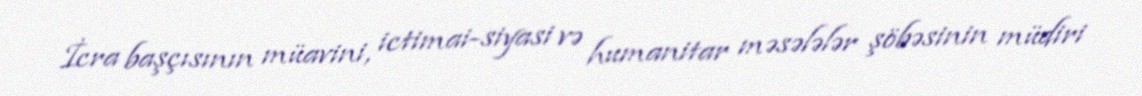
İcra başçısının müavini, ictimai-siyasi və humanitar məsələlər şöbəsinin müdiri